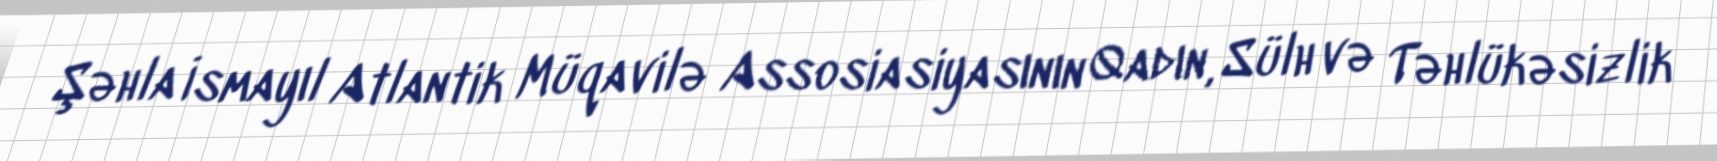
Şəhla İsmayıl Atlantik Müqavilə Assosiasiyasının Qadın, Sülh və Təhlükəsizlik